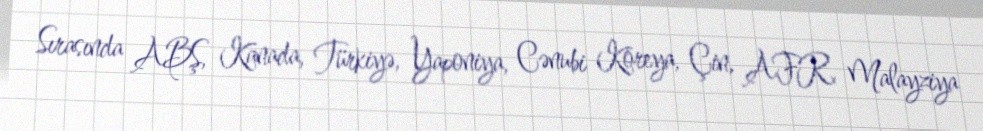
Sırasında ABŞ, Kanada, Türkiyə, Yaponiya, Cənubi Koreya, Çin, AFR, Malayziya